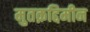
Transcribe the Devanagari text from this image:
मुतक़द्दिमीन